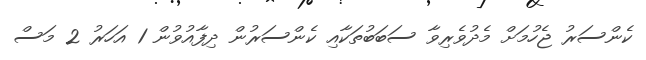
ކެންސަރު ޖެހުމަށް މެދުވެރިވާ ސަބަބުތަކާއި ކެންސަރުން ދިފާއުވުން 1 އަހަރު 2 މަސް